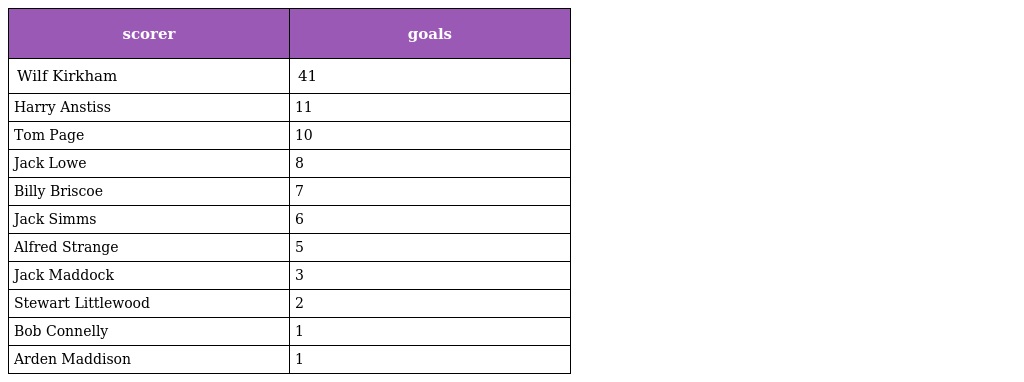
| scorer | goals |
 | --- | --- |
 | Wilf Kirkham | 41 |
 | Harry Anstiss | 11 |
 | Tom Page | 10 |
 | Jack Lowe | 8 |
 | Billy Briscoe | 7 |
 | Jack Simms | 6 |
 | Alfred Strange | 5 |
 | Jack Maddock | 3 |
 | Stewart Littlewood | 2 |
 | Bob Connelly | 1 |
 | Arden Maddison | 1 |